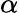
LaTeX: \alpha